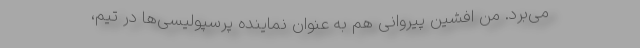
می‌برد. منِ افشین پیروانی هم به عنوان نماینده پرسپولیسی‌ها در تیم،